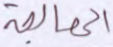
المعالجة